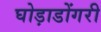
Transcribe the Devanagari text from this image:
घोड़ाडोंगरी